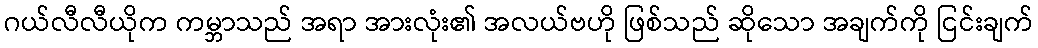
ဂယ်လီလီယိုက ကမ္ဘာသည် အရာ အားလုံး၏ အလယ်ဗဟို ဖြစ်သည် ဆိုသော အချက်ကို ငြင်းချက်